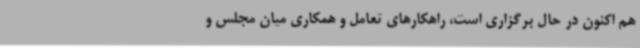
هم اکنون در حال برگزاری است، راهکارهای تعامل و همکاری میان مجلس و